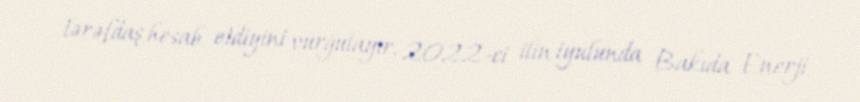
tərəfdaş hesab etdiyini vurğulayır, 2022-ci ilin iyulunda Bakıda Enerji